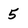
Character: 5